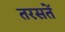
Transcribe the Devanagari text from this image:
तरसतें